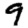
Digit: 9